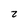
Character: 2